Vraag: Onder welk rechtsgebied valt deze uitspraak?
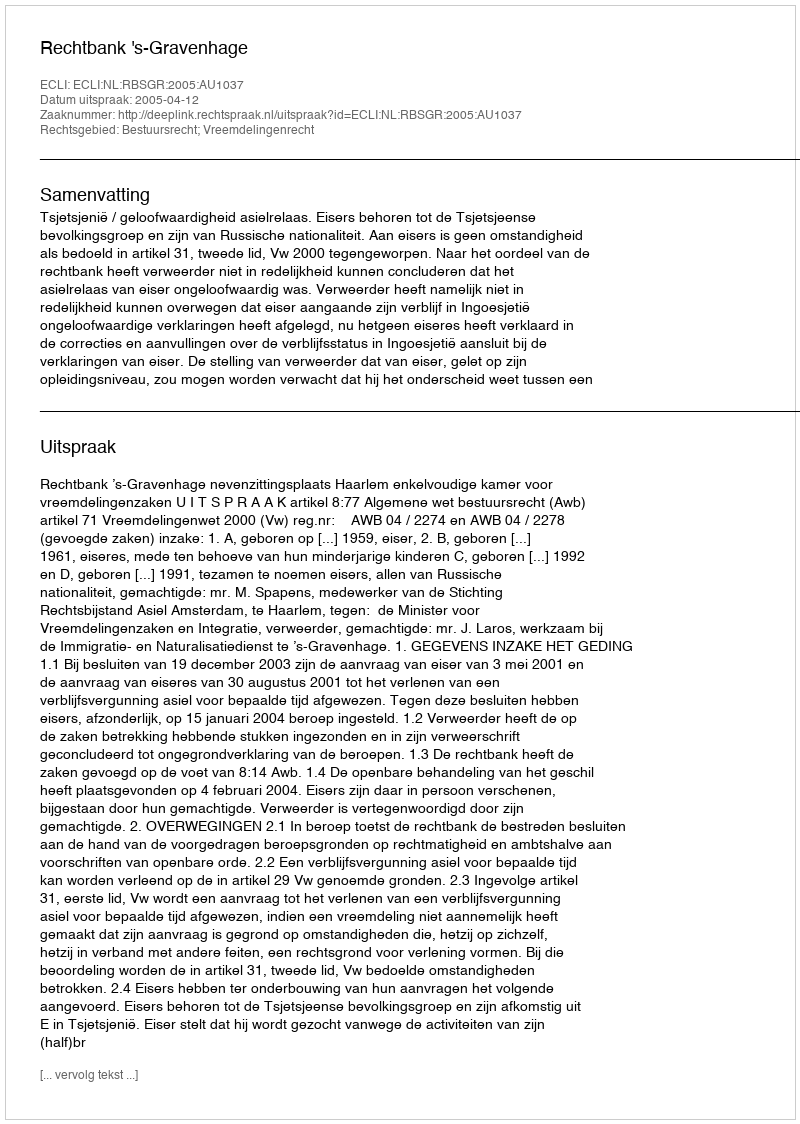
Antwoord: Bestuursrecht; Vreemdelingenrecht